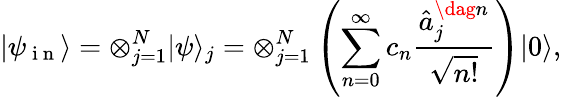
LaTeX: \vert\psi_{\mathrm{~i~n~}}\rangle=\otimes_{j=1}^{N}\vert\psi\rangle_{j}=\otimes_{j=1}^{N}\left(\sum_{n=0}^{\infty}c_{n}\frac{\hat{a}_{j}^{\dag n}}{\sqrt{n!}}\right)\vert 0\rangle,